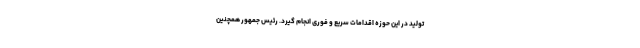
تولید در این حوزه اقدامات سریع و فوری انجام گیرد. رئیس جمهور همچنین